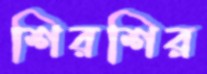
শিরশির